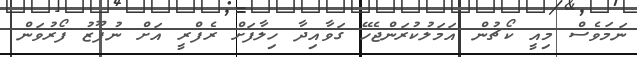
ނަމަވެސް މިއީ ކޯޗުން އަމަލުކުރަންޖެހޭ ގަވާއިދާ ހިލާފަށް ރެފްރީ އަށް ނުފޫޒު ފޯރުވަން